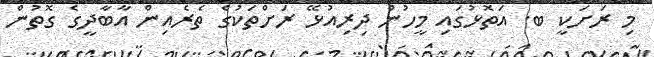
މި ރަށަކީ ބ. އަތޮޅުގައި މީހުން ދިރިއުޅޭ ރަށްތަކުގެ ތެރެއިން އާބާދީގެ ގޮތުން